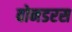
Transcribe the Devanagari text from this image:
वोनडरस